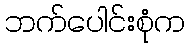
ဘက်ပေါင်းစုံက